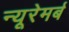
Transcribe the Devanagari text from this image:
न्यूरेमर्ब